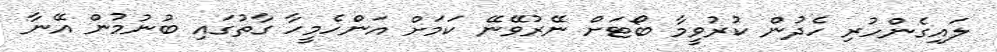
ލައިގެންހުރި ހެދުން ކުރުވީމާ ބޯޓަށް ނޭރުވޭނޭ ކަމަށް އަންހެމީހާ ގާތުގައި ބުނުމުން އޭނާ